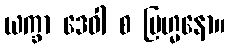
ယက္ခာ ဒေဝါ စ ဗြဟ္မနော။